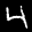
Label: 4